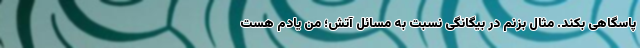
پاسگاهی بکند. مثال بزنم در بیگانگی نسبت به مسائل آتش؛ من یادم هست